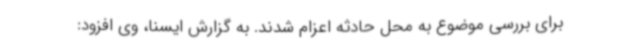
برای بررسی موضوع به محل حادثه اعزام شدند. به گزارش ایسنا، وی افزود: